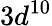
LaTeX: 3d^{10}